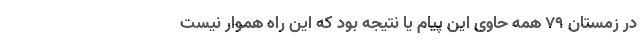
در زمستان 79 همه حاوی این پیام یا نتیجه بود که این راه هموار نیست